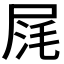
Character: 𡱤